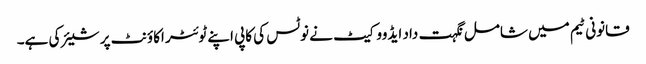
قانونی ٹیم میں شامل نگہت داد ایڈووکیٹ نے نوٹس کی کاپی اپنے ٹوئٹر اکاؤنٹ پر شیئر کی ہے۔